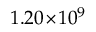
1 . 2 0 \! \times \! 1 0 ^ { 9 }